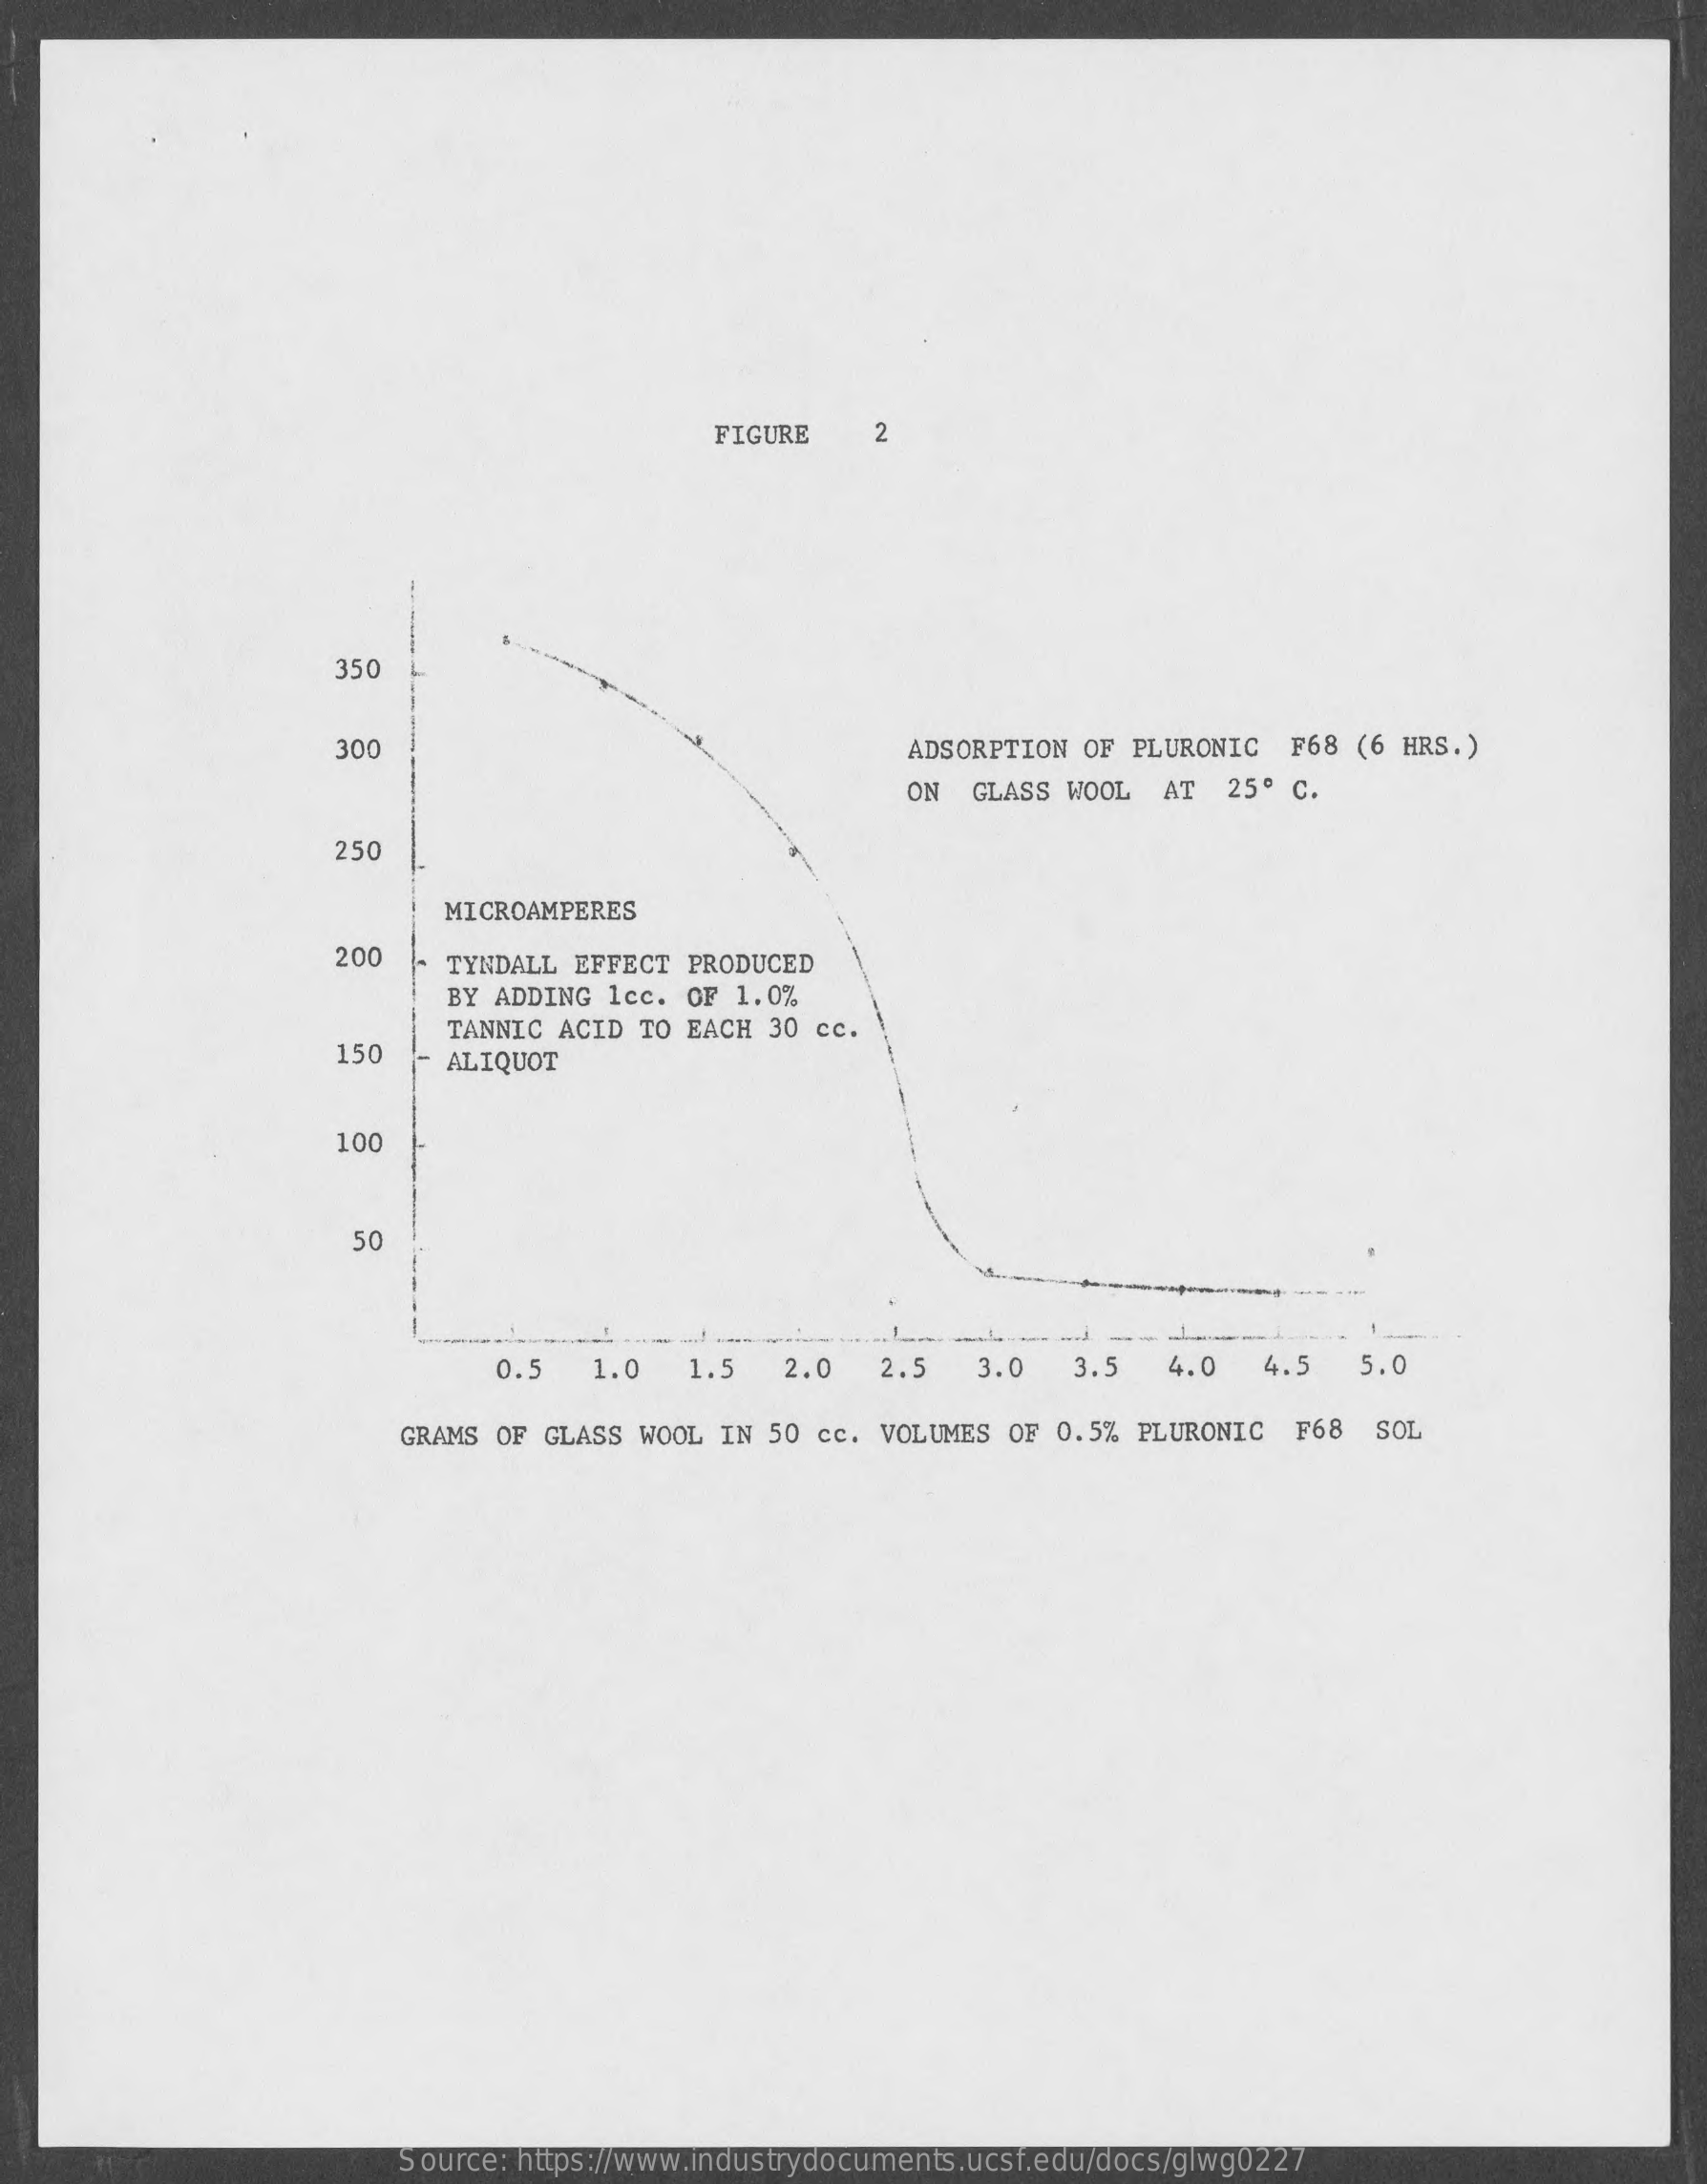
FIGURE    2
     350
     300    ADSORPTION OF PLURONIC   F68 (6 HRS.)
     ON  GLASS WOOL   AT  25º C.
     250
     MICROAMPERES
     200    TYNDALL EFFECT  PRODUCED
     BY ADDING  1cc. OF 1.0%
     150
     TANNIC ACID  TO EACH 30 cc.
     ALIQUOT
     100
     50
     0.5    1.0   1.5   2.0   2.5    3.0   3.5   4.0   4.5   5.0
     GRAMS OF GLASS  WOOL IN 50 cc. VOLUMES  OF 0.5% PLURONIC  F68  SOI
     Source: https://www.industrydocuments.ucsf.edu/docs/glwg0227